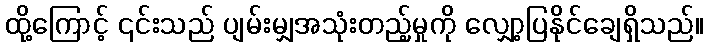
ထို့ကြောင့် ၎င်းသည် ပျမ်းမျှအသုံးတည့်မှုကို လျှော့ပြနိုင်ချေရှိသည်။